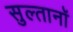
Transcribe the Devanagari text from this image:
सुल्तानॉ